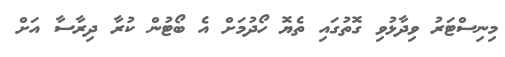
މިނިސްޓަރު ވިދާޅުވި ގޮތުގައި ތެޔޮ ހޯދުމަށް އެ ބޯޓުން ކުރާ ދިރާސާ އަށް